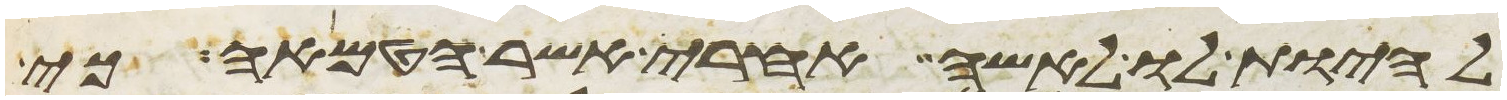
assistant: להיות לו לאשה אחרי אשר הטמאה כי